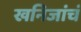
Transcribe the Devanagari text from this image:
खनिजांचं